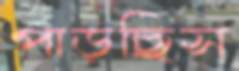
পাড়ছিস